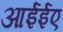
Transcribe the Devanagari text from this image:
आईईए